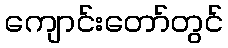
ကျောင်းတော်တွင်